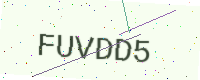
Text: FUVDD5